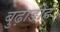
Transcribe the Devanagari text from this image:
बुढ़ाडीह